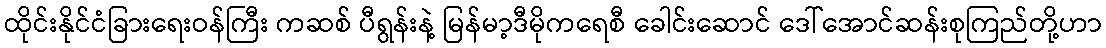
ထိုင်းနိုင်ငံခြားရေးဝန်ကြီး ကဆစ် ပီရွန်းနဲ့ မြန်မာ့ဒီမိုကရေစီ ခေါင်းဆောင် ဒေါ်အောင်ဆန်းစုကြည်တို့ဟာ